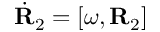
\dot { \bf R } _ { 2 } = [ \boldsymbol { \omega } , { \bf R } _ { 2 } ]